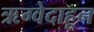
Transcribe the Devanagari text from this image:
ऋग्वेदाहून